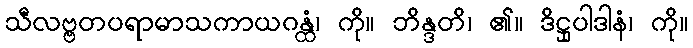
သီလဗ္ဗတပရာမာသကာယဂန္ထံ၊ ကို။ ဘိန္ဒတိ၊ ၏။ ဒိဋ္ဌုပါဒါနံ၊ ကို။